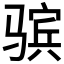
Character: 𱅤